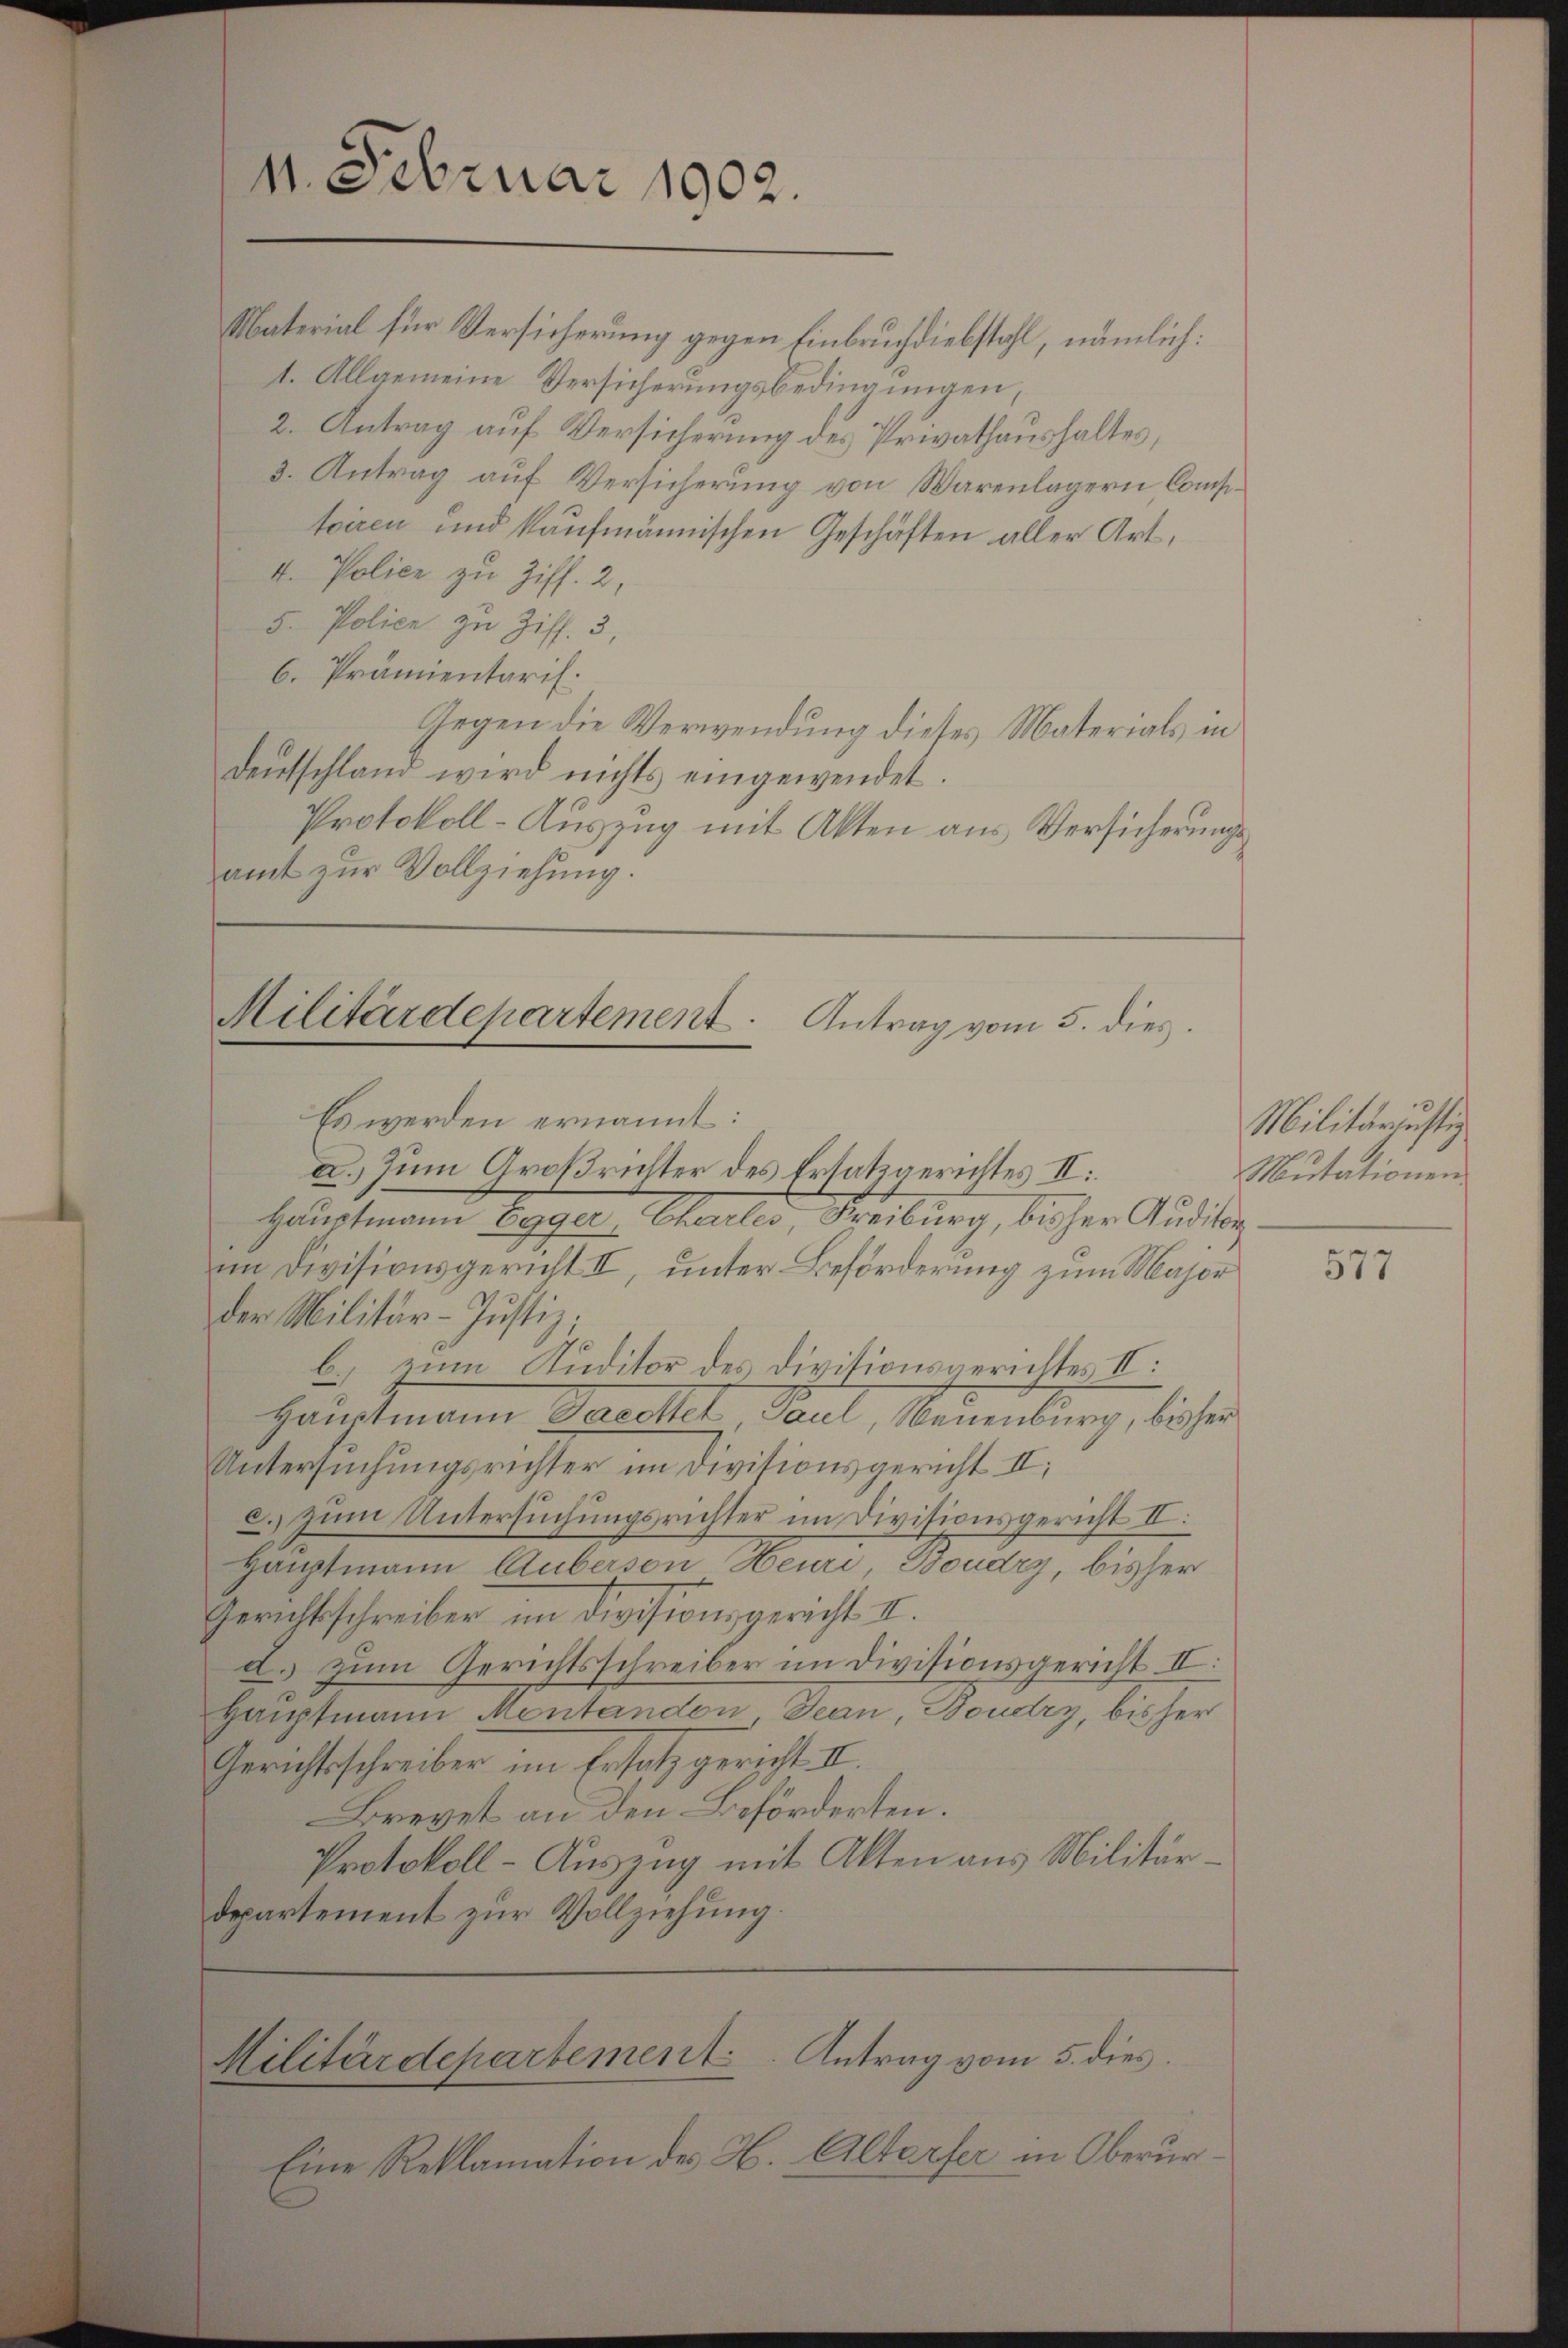
11. Februar 1902.

Material für Versicherung gegen Einbruchdiebstahl, nämlich:
1. Allgemeine Versicherungsbedingungen,
2. Antrag auf Versicherung des Privathaushaltes,
3. Antrag auf Versicherung von Warenlagern Comptoiren und kaufmännischen Geschäften aller Art,
4. Police zu Ziff. 2,
5. Police zu Ziff. 3,
6. Prämientaris.
Gegen die Verwendung dieses Materials in
Deutschland wird nichts eingewendet.
Protokoll-Auszug mit Akten aus Versicherungsamt zur Vollziehung.

Militärdepartement. Antrag vom 5. dies

Es werden ernannt:
a. Zum Großrichter des Ersatzgerichtes II:
Hauptmann Egger, Charles Freiburg, bisher Auditor
im Divisionsgericht II, unter Beförderung zum Major
der Militär-Justiz;
b.) zum Auditor des Divitionsgerichtes II:
Hauptmann Parethet, Paul, Reiburg, dieser
Untersuchungsrichter im Divisionsgericht II.
c. Zum Untersuchungsrichter im Divisionsgericht II.
Hauptmann Auberson Heuri, Boudry, bisher
Gerichtsschreiber im Division geracht II.
d. Zum Gerichtsschreiber im Divisionsgericht II
Hauptmann Montandon Jean, Boudry, bisher
Gerichtsschreiber im Ersatz gericht II.
Brevet an den Beförderten.
Protokoll-Auszug mit Akten aus Militärdepartement zur Vollziehung.

Eine Reklamation des H. Altorfer in Oberur¬

Antrag vom 5. dies.
Militärdepartement.

Militarjustiz
Mutationen

577